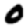
Digit: 0